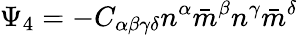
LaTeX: \Psi_{4}=-C_{\alpha\beta\gamma\delta}n^{\alpha}{\bar{m}}^{\beta}n^{\gamma}{\bar{m}}^{\delta}